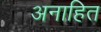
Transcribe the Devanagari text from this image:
अनाहित